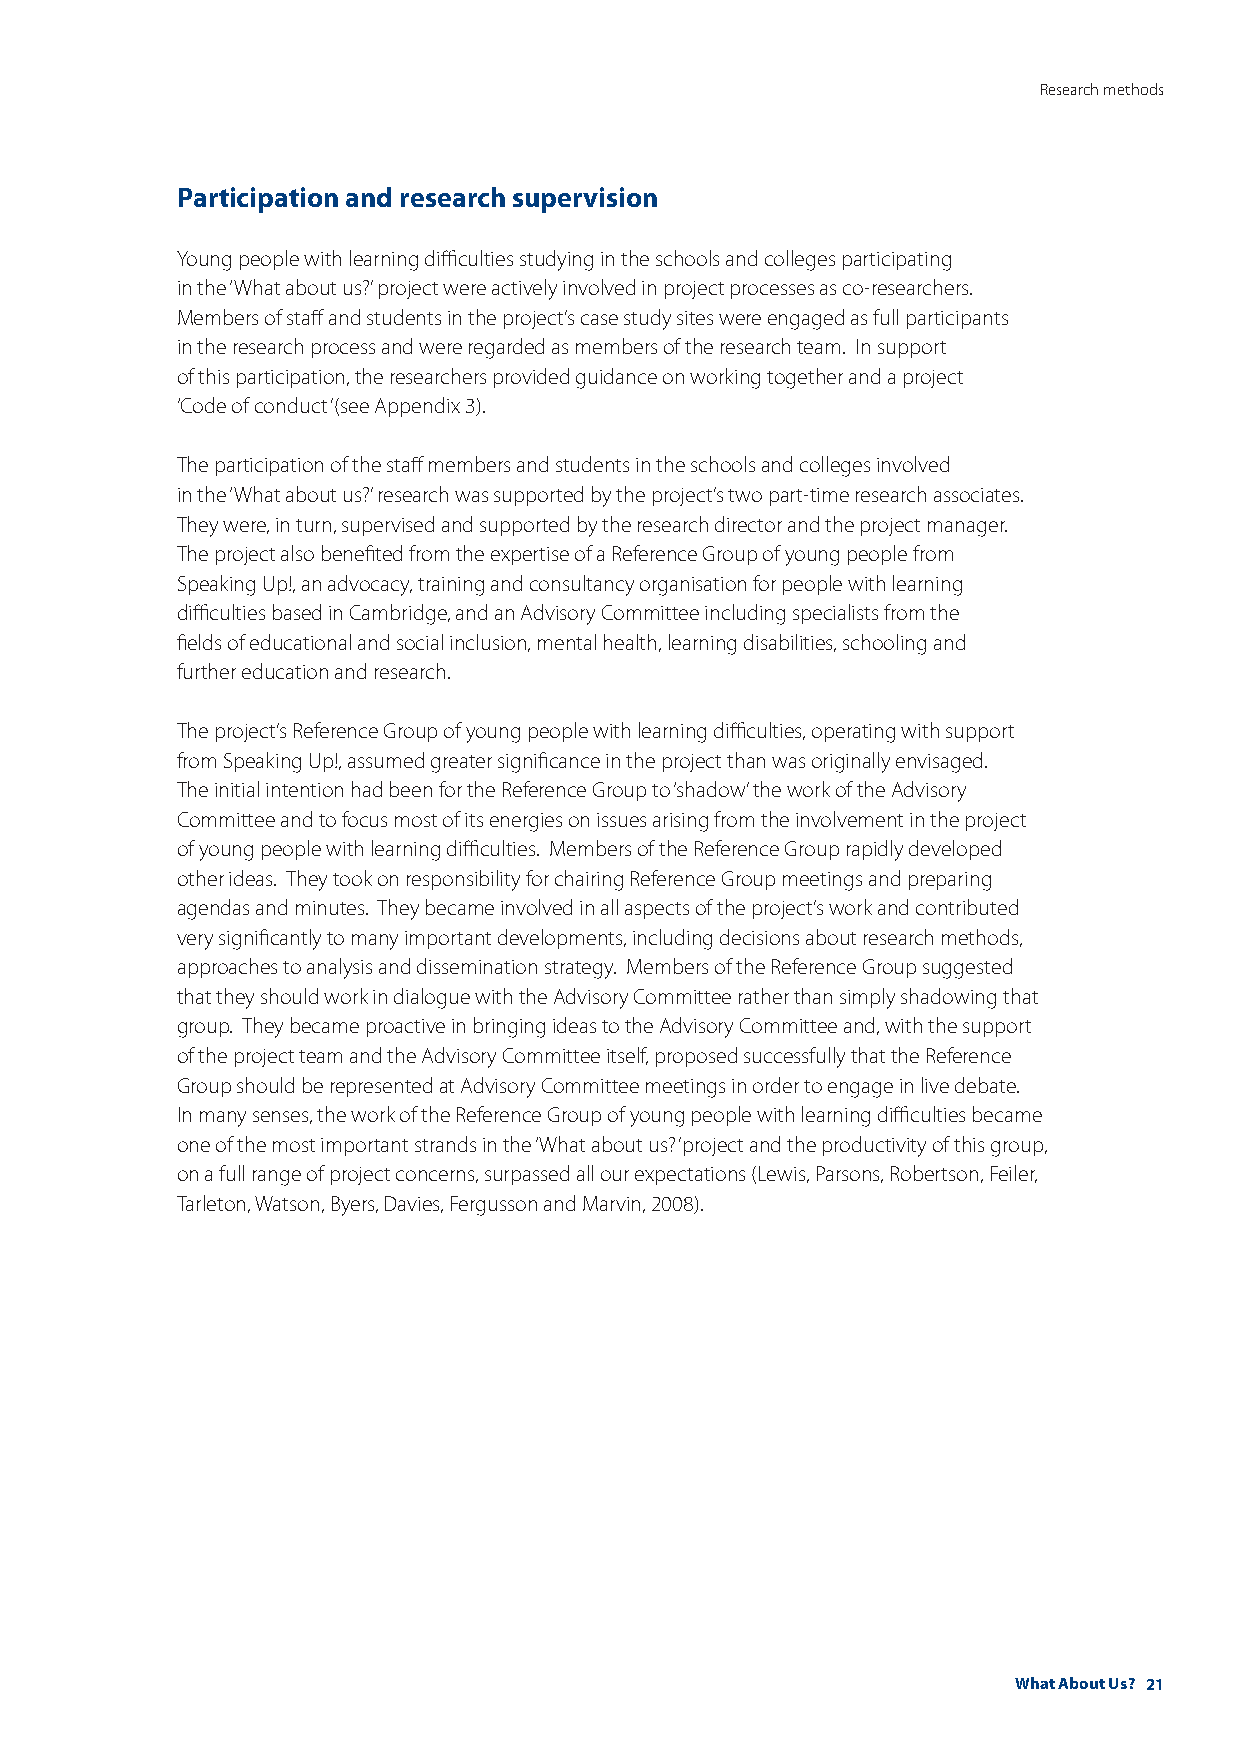
Research methods
 Participation and research supervision
 Young people with learning difficulties studying in the schools and colleges participating
 in the ‘What about us?’ project were actively involved in project processes as co-researchers.
 Members of staff and students in the project’s case study sites were engaged as full participants
 in the research process and were regarded as members of the research team. In support
 of this participation, the researchers provided guidance on working together and a project
 ‘Code of conduct’ (see Appendix 3).
 The participation of the staff members and students in the schools and colleges involved
 in the ‘What about us?’ research was supported by the project’s two part-time research associates.
 They were, in turn, supervised and supported by the research director and the project manager.
 The project also benefited from the expertise of a Reference Group of young people from
 Speaking Up!, an advocacy, training and consultancy organisation for people with learning
 difficulties based in Cambridge, and an Advisory Committee including specialists from the
 fields of educational and social inclusion, mental health, learning disabilities, schooling and
 further education and research.
 The project’s Reference Group of young people with learning difficulties, operating with support
 from Speaking Up!, assumed greater significance in the project than was originally envisaged.
 The initial intention had been for the Reference Group to ‘shadow’ the work of the Advisory
 Committee and to focus most of its energies on issues arising from the involvement in the project
 of young people with learning difficulties. Members of the Reference Group rapidly developed
 other ideas. They took on responsibility for chairing Reference Group meetings and preparing
 agendas and minutes. They became involved in all aspects of the project’s work and contributed
 very significantly to many important developments, including decisions about research methods,
 approaches to analysis and dissemination strategy. Members of the Reference Group suggested
 that they should work in dialogue with the Advisory Committee rather than simply shadowing that
 group. They became proactive in bringing ideas to the Advisory Committee and, with the support
 of the project team and the Advisory Committee itself, proposed successfully that the Reference
 Group should be represented at Advisory Committee meetings in order to engage in live debate.
 In many senses, the work of the Reference Group of young people with learning difficulties became
 one of the most important strands in the ‘What about us?’ project and the productivity of this group,
 on a full range of project concerns, surpassed all our expectations (Lewis, Parsons, Robertson, Feiler,
 Tarleton, Watson, Byers, Davies, Fergusson and Marvin, 2008).
 What About Us? 21